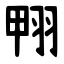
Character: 翈